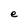
Character: e